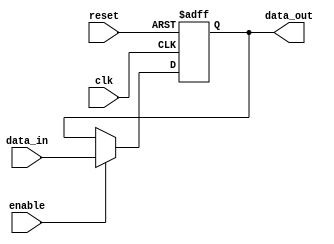
module output_register #(
    parameter WIDTH = 8  // Parameter to define the width of the register
)(
    input wire clk,             // Clock input
    input wire reset,           // Asynchronous reset input
    input wire enable,          // Enable input
    input wire [WIDTH-1:0] data_in,  // Data input
    output reg [WIDTH-1:0] data_out // Output lines
);

// Always block for synchronous operation
always @(posedge clk or posedge reset) begin
    if (reset) begin
        // Asynchronous reset: set output to zero
        data_out <= {WIDTH{1'b0}};
    end else if (enable) begin
        // Latch data on the rising edge of the clock if enabled
        data_out <= data_in;
    end
    // If enable is low, retain the last value of data_out
end

endmodule